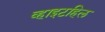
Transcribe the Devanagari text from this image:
व्हाइटहिल